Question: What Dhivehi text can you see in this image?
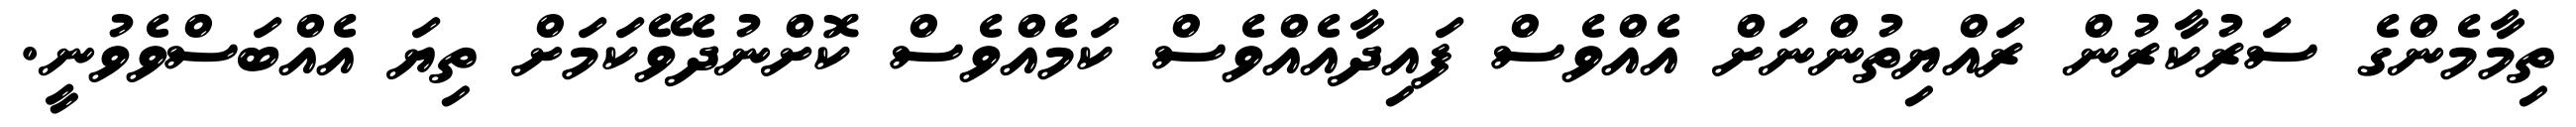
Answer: ތިމާމެންގެ ސަރުކާރުން ރައްޔިތުންނަށް އެއްވެސް ފައިދާއެއްވެސް ކަމެއްވެސް ކޮށްނުދެވޭކަމަށް ތިޔަ އެއްބަސްވެވުނީ.